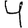
Digit: 4